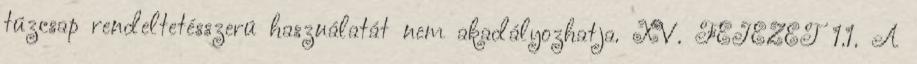
tûzcsap rendeltetésszerû használatát nem akadályozhatja. XV. FEJEZET 1.1. A